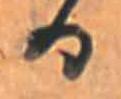
る